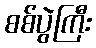
စစ်ပွဲကြီး